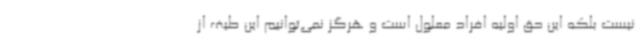
نیست بلکه این حق اولیه افراد معلول است و هرگز نمی‌توانیم این طیف از